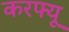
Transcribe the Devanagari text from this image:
करफ्यू